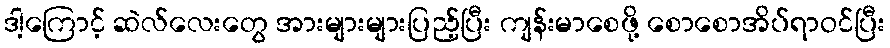
ဒါ့ကြောင့် ဆဲလ်လေးတွေ အားများများပြည့်ပြီး ကျန်းမာစေဖို့ စောစောအိပ်ရာဝင်ပြီး